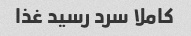
کاملا سرد رسید غذا